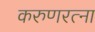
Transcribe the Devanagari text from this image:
करुणरत्ना